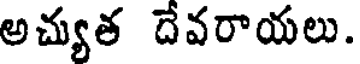
అచ్యుత దేవరాయలు.